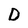
Character: D